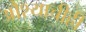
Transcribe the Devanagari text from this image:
औश्याचीही